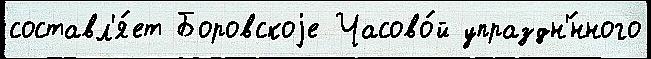
составл'я́ет Боровскоjе Часово́й упраздн'́нного